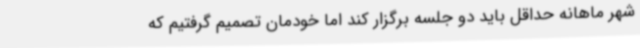
شهر ماهانه حداقل باید دو جلسه برگزار کند اما خودمان تصمیم گرفتیم که